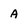
Character: A